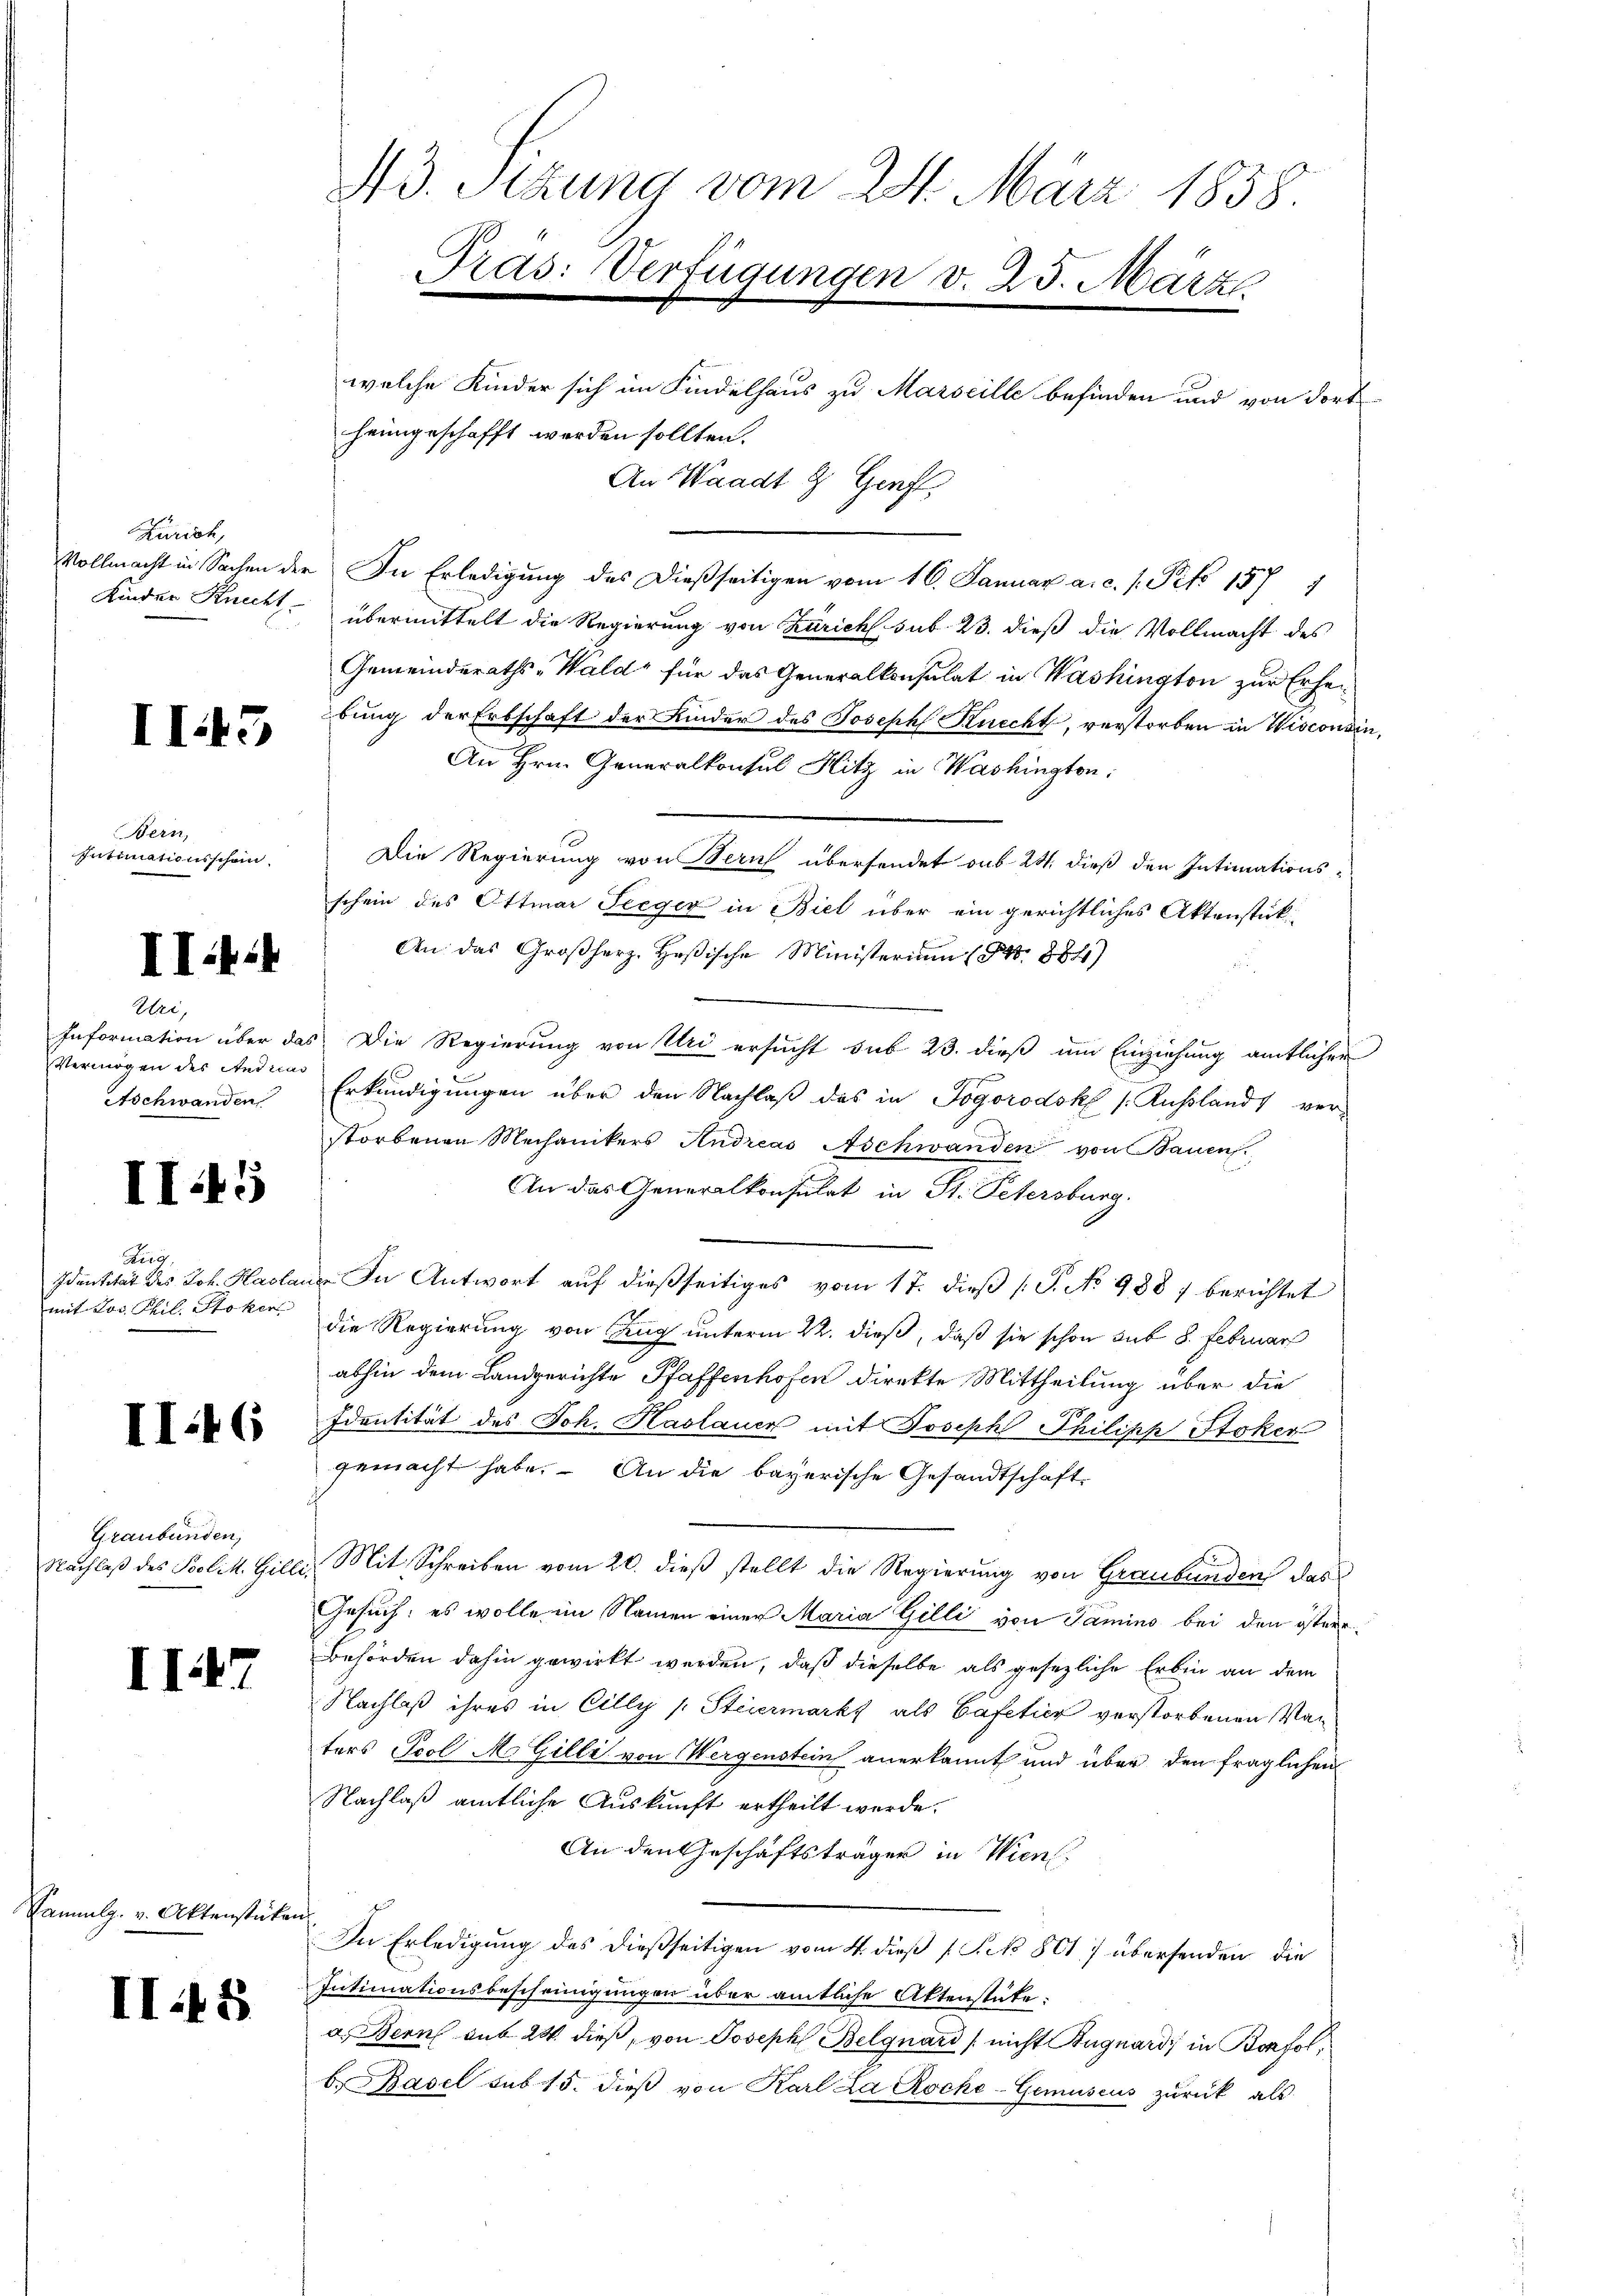
Zürich,
Kinder Knecht

II.45

Bern,
Intimationsschein

Hei,
Information über das
Vermögen des Andreas
Aschwanden

II1

Reg.
Identität des Joh. Hasla
mit Los. Phil. Stoker

II.16

Graubünden,
Nachlaß des Polit. Gilli,

II7

Sammlg. v. Aktenstücken

I414

II:48

43. Sitzung vom 24. März 1858.
Pras: Verfügungen v. 25. März

welche Kinder sich im Findelhaus zu Marseille befinden und von dort
Vollmacht in Sachen der In Erledigung des dießseitigen vom 16. Januar a. c. s. Pito 1577
übermittelt die Regierung von Zürichs. sub 23. dieß die Vollmacht des
Gemeinderaths-Wald für das Generalkonsulat in Washington zur Erheübung der Erbschaft der Kinder des Joseph Kurcht, verstorben in Wisconsin
An Hrn. Generalkonsul Hitz in Washington:
Die Regierung von Bern übersendet sub 24. dieß den Intimationsschein des Ottmar Seeger in Biel über ein gerichtliches Aktenstük
An das Großherz. Heßische Ministerium (NNo. 8841)
 Die Regierung von Uri ersucht sub 23. dieß um Einziehung amtlicher
Erkundigungen über den Nachlaß des in Jogorodsk (Kußlands ver-
storbenen Mechanikers Andreas Aschwanden von Bauen.
An das Generalkonsulat in St. Petersburg.
 In Antwort aŭf dießseitiges vom 17. dieβ (T. No 988 / berichtet
die Regierung von Zug unterm 22. dieß, daß sie schon sub 8. Februar
abhin dem Landgerichte Pfaffenhofen direkte Mittheilung über die
Identität des Joh. Kastauer mit Joseph Philipp Stoker
gemacht habe. An die bayerische Gesandtschaft
Mit Schreiben vom 20. dieß stellt die Regierung von Graubünden das
Gesuch: es wolle im Namen einer Maria Gilli von Famino bei den österr
Behörden dahin gewirkt werden, daß dieselbe als gesezliche Erbin an dem
Nachlaß ihres in Cilly (Steiermarkt als Cafeticz verstorbenen Vaters Scol Mo Gilli von Wergenstein anerkannt und über den fraglichen
Nachlaß amtliche Auskunft ertheilt werde.
An den Geschäftsträger in Wien,
In Erledigung des dießseitigen vom 4. dieß (Frk. 801 7 übersenden die
Intimationsbescheinigungen über amtliche Aktenstäte:
a. Bern aus 20. dieß, von Joseph Belgnard (nicht Bügnardi in Bonfolb. Basel sub 15. dieβ von Karl La Roche-Gemuseus zurück als

heimgeschafft werden sollten.

An Waadt & Genft